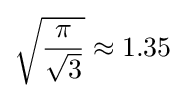
{\sqrt {\frac {\pi }{\sqrt {3}}}}\approx 1.35